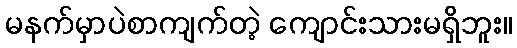
မနက်မှာပဲစာကျက်တဲ့ ကျောင်းသားမရှိဘူး။